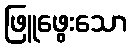
ဖြူဖွေးသော